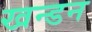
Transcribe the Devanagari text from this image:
खन्डन